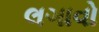
લગાવો